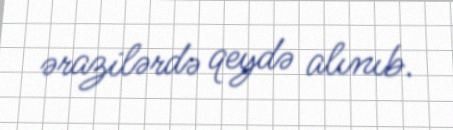
ərazilərdə qeydə alınıb.